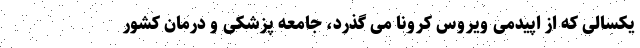
یکسالی که از اپیدمی ویروس کرونا می گذرد، جامعه پزشکی و درمان کشور